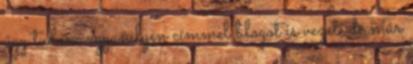
úgy tudom ugyanilyen címmel blogot is vezet. de már